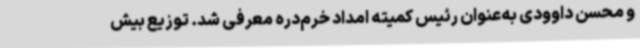
و محسن داوودی به‌عنوان رئیس کمیته امداد خرم‌دره معرفی شد. توزیع بیش